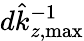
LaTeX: d\hat{k}_{z,\mathrm{max}}^{-1}